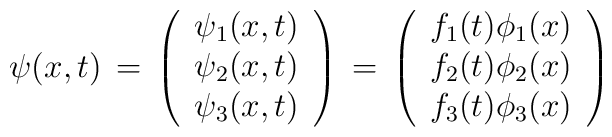
\psi(x,t)\,=\,\left( \begin{array}{c}	     \psi_{1}(x,t) \\	     \psi_{2}(x,t) \\	     \psi_{3}(x,t) 	\end{array} \right)  \,=\,\left( \begin{array}{c}	     f_{1}(t) \phi_{1}(x) \\	     f_{2}(t) \phi_{2}(x) \\	     f_{3}(t) \phi_{3}(x) 	\end{array} \right)